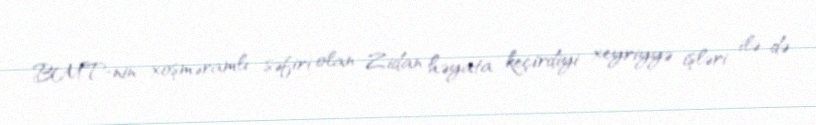
BMT-nin xoşməramlı səfiri olan Zidan həyata keçirdiyi xeyriyyə işləri ilə də